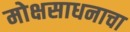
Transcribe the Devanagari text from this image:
मोक्षसाधनाचा